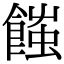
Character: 𩝚